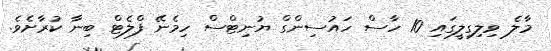
މާލެ ވިލިގިލީގައި 10 ހާސް ހައުސިންގް ޔުނިޓްސް ހިމެނޭ ފްލެޓް ބިނާ ކުރާށެވެ.